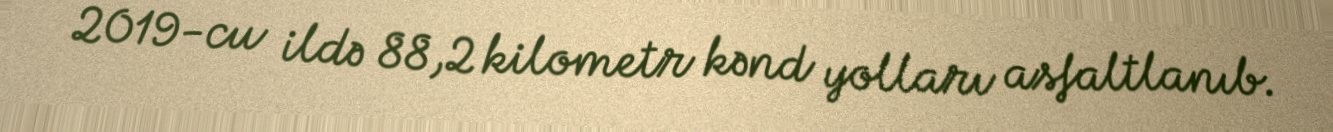
2019-cu ildə 88,2 kilometr kənd yolları asfaltlanıb.